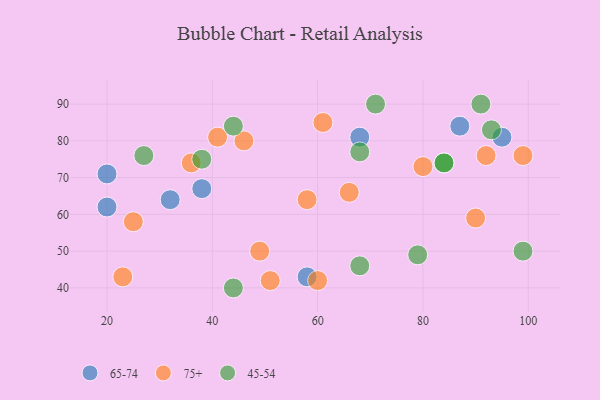
{"axis": {"x": "GDP", "y": "Life Expectancy"}, "legend": ["45-54", "65-74", "75+"], "data": [{"x": "58", "y": 43, "type": "65-74"}, {"x": "32", "y": 64, "type": "65-74"}, {"x": "38", "y": 67, "type": "65-74"}, {"x": "20", "y": 62, "type": "65-74"}, {"x": "87", "y": 84, "type": "65-74"}, {"x": "68", "y": 81, "type": "65-74"}, {"x": "95", "y": 81, "type": "65-74"}, {"x": "20", "y": 71, "type": "65-74"}, {"x": "41", "y": 81, "type": "75+"}, {"x": "46", "y": 80, "type": "75+"}, {"x": "92", "y": 76, "type": "75+"}, {"x": "90", "y": 59, "type": "75+"}, {"x": "36", "y": 74, "type": "75+"}, {"x": "61", "y": 85, "type": "75+"}, {"x": "25", "y": 58, "type": "75+"}, {"x": "66", "y": 66, "type": "75+"}, {"x": "58", "y": 64, "type": "75+"}, {"x": "80", "y": 73, "type": "75+"}, {"x": "49", "y": 50, "type": "75+"}, {"x": "60", "y": 42, "type": "75+"}, {"x": "99", "y": 76, "type": "75+"}, {"x": "51", "y": 42, "type": "75+"}, {"x": "23", "y": 43, "type": "75+"}, {"x": "71", "y": 90, "type": "45-54"}, {"x": "44", "y": 84, "type": "45-54"}, {"x": "84", "y": 74, "type": "45-54"}, {"x": "38", "y": 75, "type": "45-54"}, {"x": "93", "y": 83, "type": "45-54"}, {"x": "84", "y": 74, "type": "45-54"}, {"x": "79", "y": 49, "type": "45-54"}, {"x": "99", "y": 50, "type": "45-54"}, {"x": "68", "y": 77, "type": "45-54"}, {"x": "44", "y": 40, "type": "45-54"}, {"x": "91", "y": 90, "type": "45-54"}, {"x": "27", "y": 76, "type": "45-54"}, {"x": "68", "y": 46, "type": "45-54"}]}